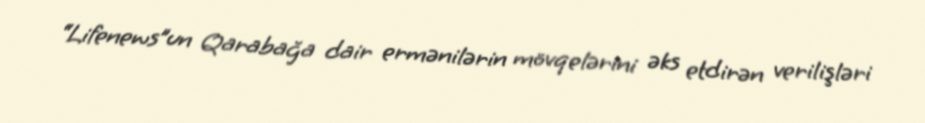
“Lifenews”un Qarabağa dair ermənilərin mövqelərini əks etdirən verilişləri